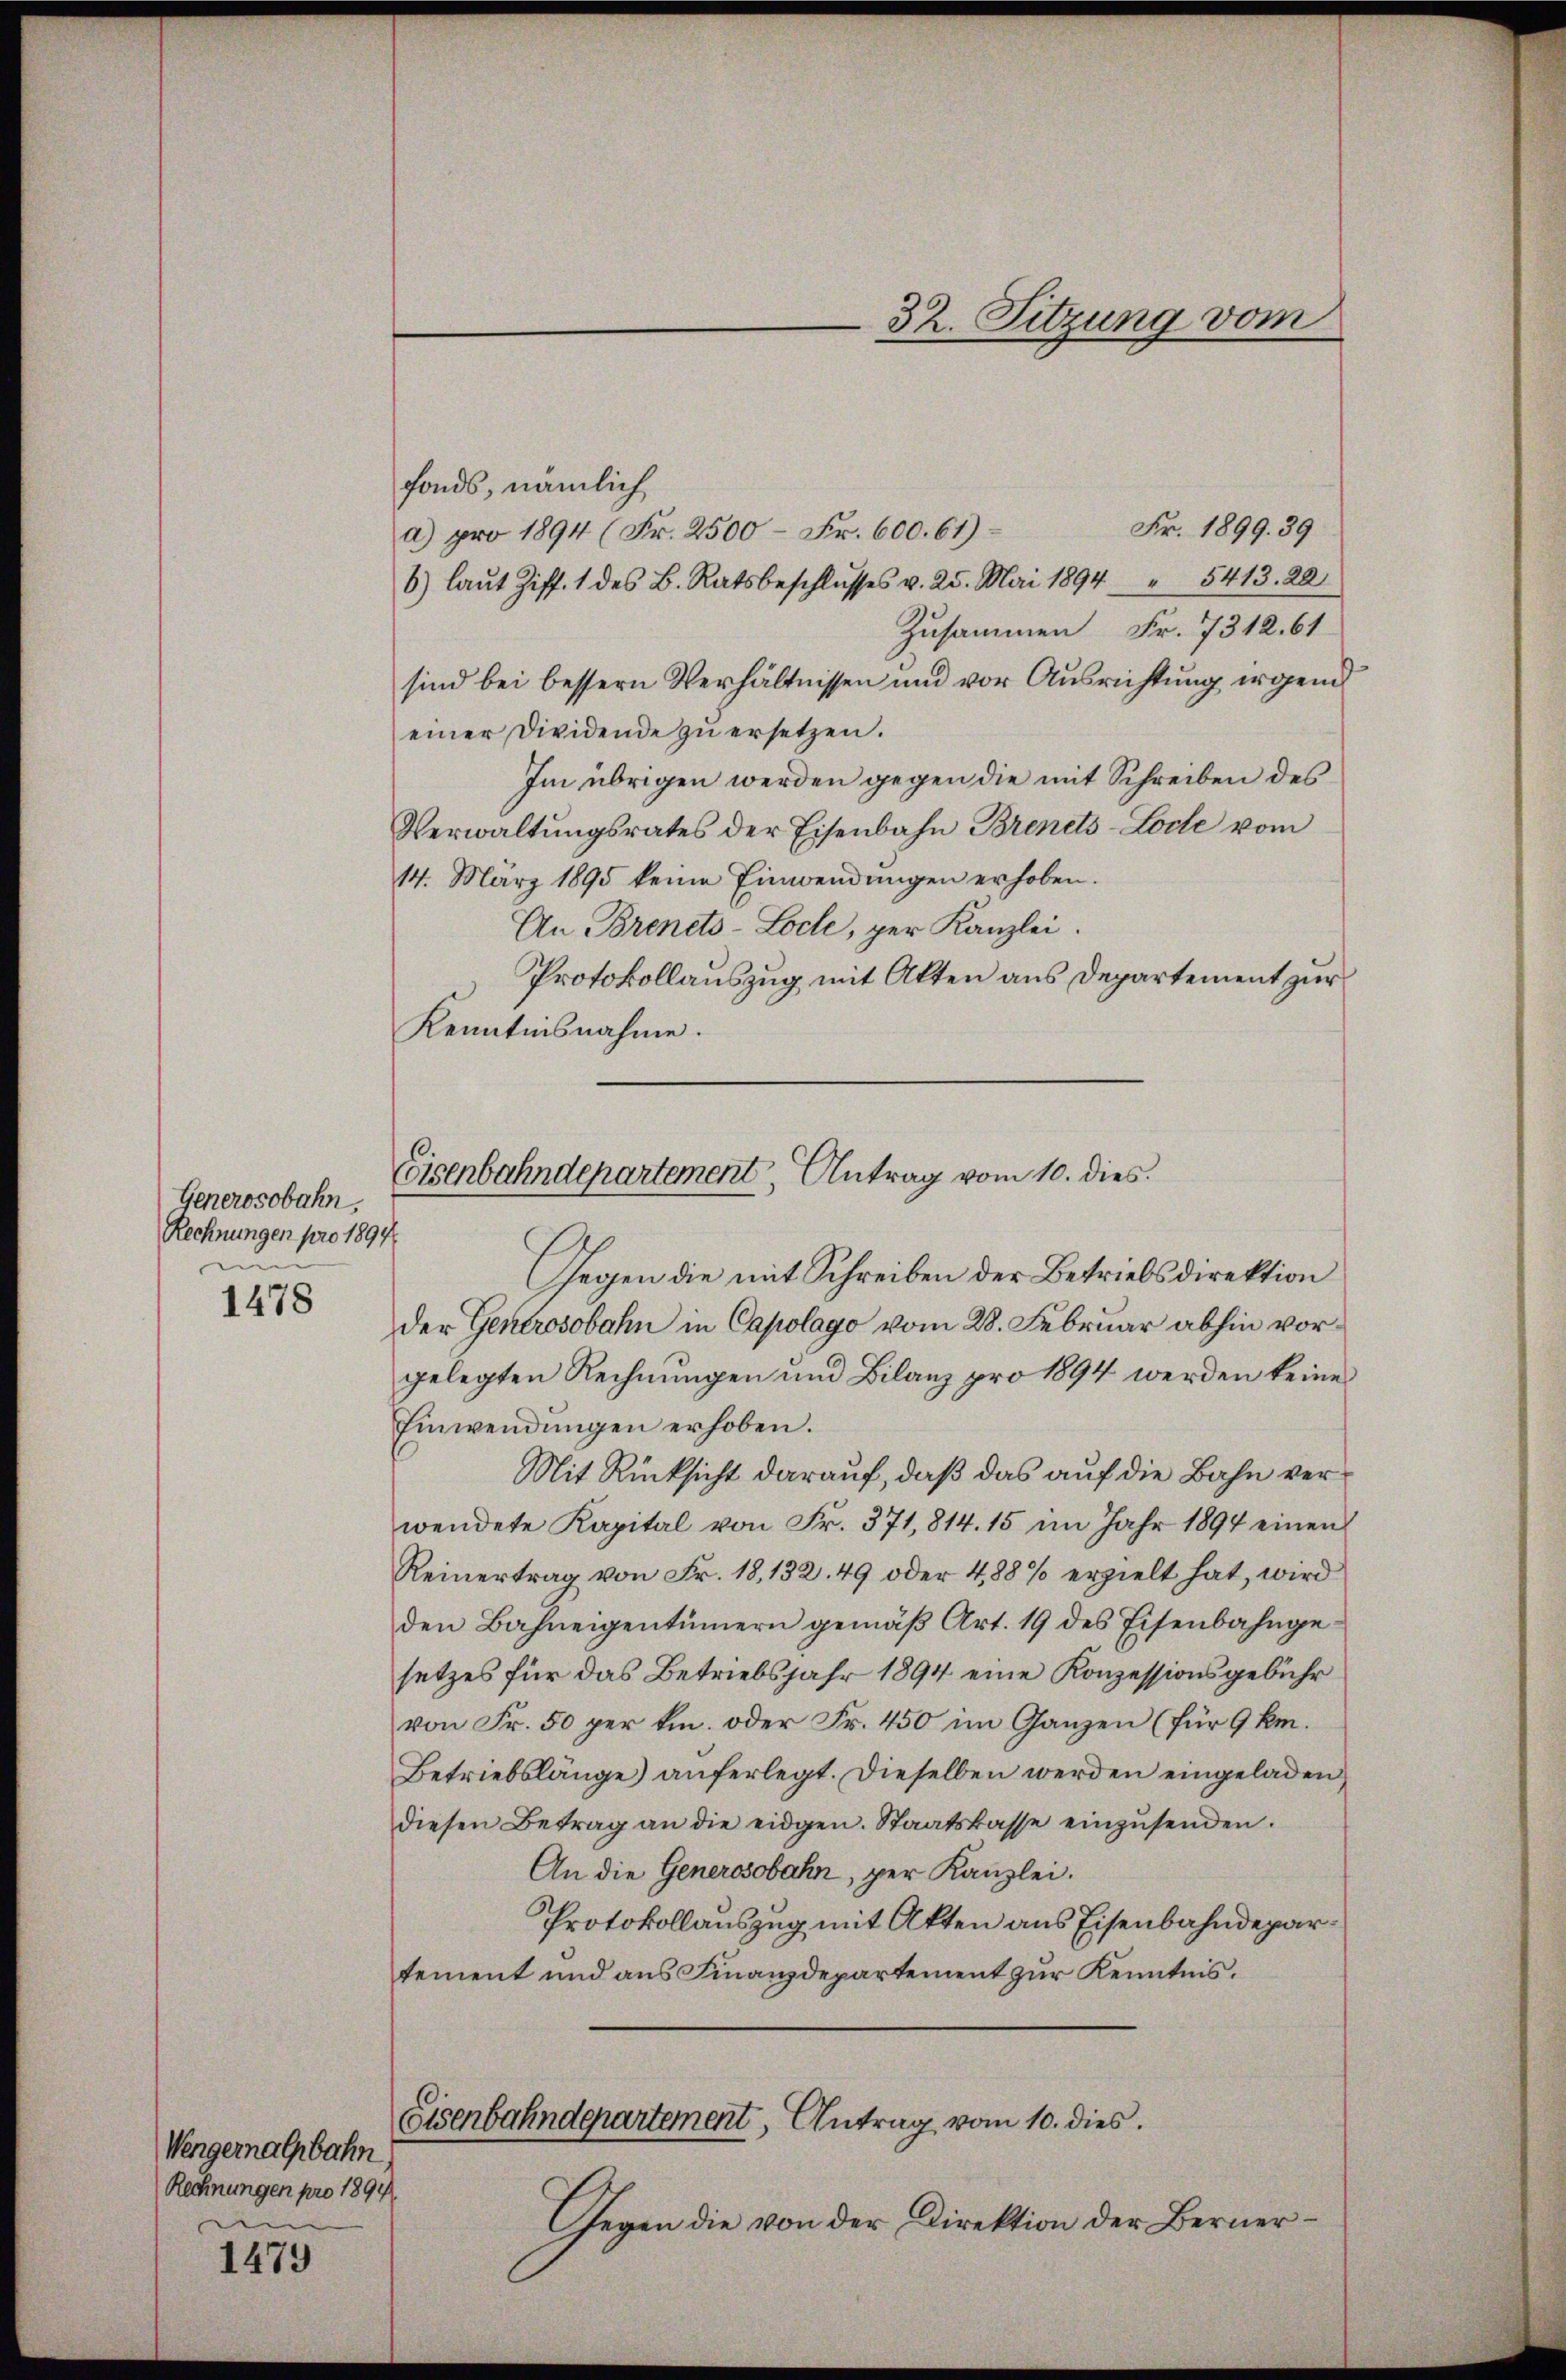
Generosobahn,
Rechnungen pro 1894
en

1478

fonds, nämlich
Fr. 1899. 39
a) pro 1894 (Fr. 2500 Fr. 600. 61)
6) laut Ziff. 1 des B. Ratsbeschlusses v. 25. Mai 1894 " 5413. 20
Zusammen Fr. 7312. 61
sind bei bessern Verhältnissen und vor Ausrichtung irgend
einer Dividende zu ersetzen.
Im übrigen werden gegen die mit Schreiben des
Verwaltŭngsrates der Eisenbahn Brinets-Lode vom
14. März 1895 keine Einwendŭngen erhoben.
An Brinets-Loche, per Kanzlei.
Protokollauszug mit Akten aus Departement zur
Kenntnisnahme.

Wengernalbahn
Rechnungen pro 1891
e

1479

Gegen die mit Schreiben der Betriebsdirektion
der Generosobahn in Capolago vom 28. Februar abhin vorgelegten Rechnungen und Bilanz pro 1894 werden keine
Einwendŭngen erhoben.
Mit Rücksicht darauf, daß das auf die Bahn verwendete Kapital von Fr. 371,814. 15 im Jahr 1894 einen
Reinertrag von Fr. 18, 132. 49 oder 488% erzielt hat, wird
den Bahneigentümern gemäß Art. 19 des Eisenbahngesetzes für das Betriebsjahr 1894 eine Konzessionsgebühr
von Fr. 50 per k. oder Fr. 450 im Ganzen (für 9 km.
Betriebslänge) auferlegt. Dieselben werden eingeladen,
diesen Betrag an die eidgen. Staatskasse einzŭsenden.
An die Generosobahn, per Kanzlei.
Protokollauszug mit Akten aus Eisenbahndepartement und aus Finanzdepartement zur Kenntnis.

Eisenbahndepartement Antrag vom 10. dies

Eisenbahndepartement, Antrag vom 10. dies

32. Sitzung vom

Gegen die von der Direktion der Berner¬